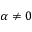
\alpha \neq 0